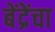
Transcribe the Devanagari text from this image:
बेंद्रेंचा